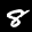
Label: 8